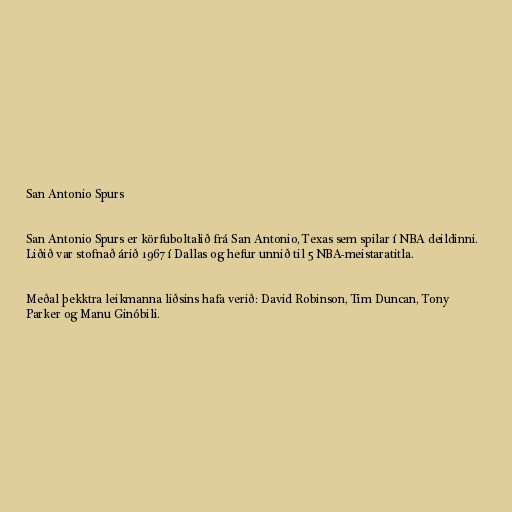
San Antonio Spurs

San Antonio Spurs er körfuboltalið frá San Antonio, Texas sem spilar í NBA deildinni.
Liðið var stofnað árið 1967 í Dallas og hefur unnið til 5 NBA-meistaratitla.

Meðal þekktra leikmanna liðsins hafa verið: David Robinson, Tim Duncan, Tony
Parker og Manu Ginóbili.